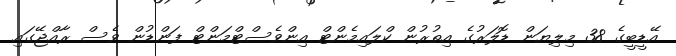
އޭޑީބީގެ 38 މިލިޔަން ޑޮލަރުގެ އިތުރުން ކްލައިމެންޓް އިންވެސްޓްމަންޓް ފަންޑުން ވެސް ރާއްޖޭގައި